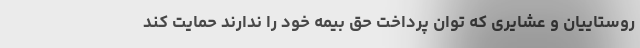
روستاییان و عشایری که توان پرداخت حق بیمه خود را ندارند حمایت کند